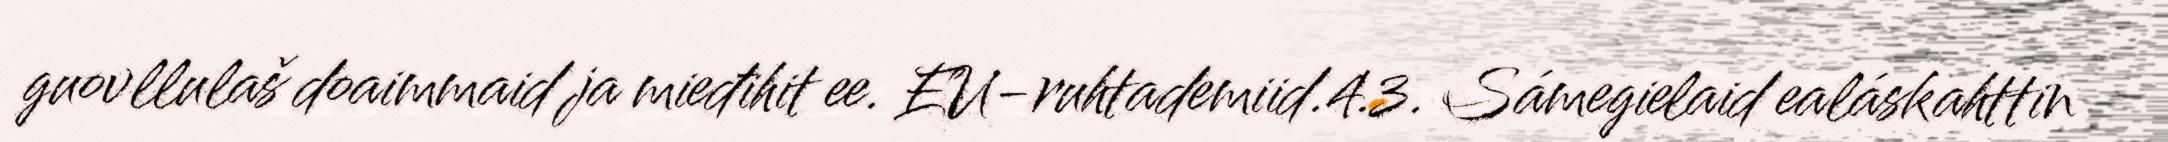
guovllulaš doaimmaid ja mieđihit ee. EU-ruhtademiid.4.3. Sámegielaid ealáskahttin